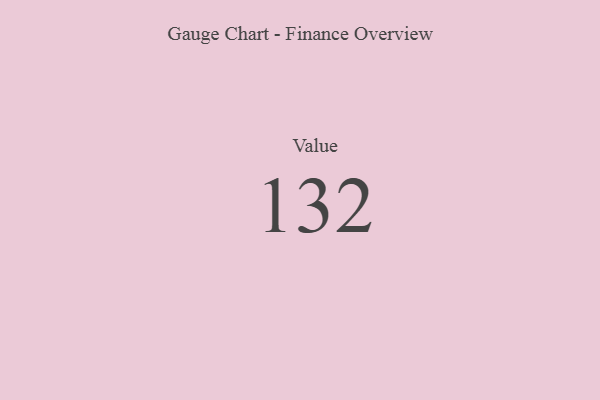
{"axis": {"x": "Metric", "y": "Value"}, "legend": [""], "data": [{"x": "Value", "y": 132, "type": ""}]}